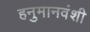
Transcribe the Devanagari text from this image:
हनुमानवंशी